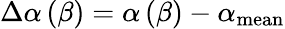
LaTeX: \Delta\alpha\left(\beta\right)=\alpha\left(\beta\right)-\alpha_{\mathrm{mean}}